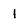
Character: 1